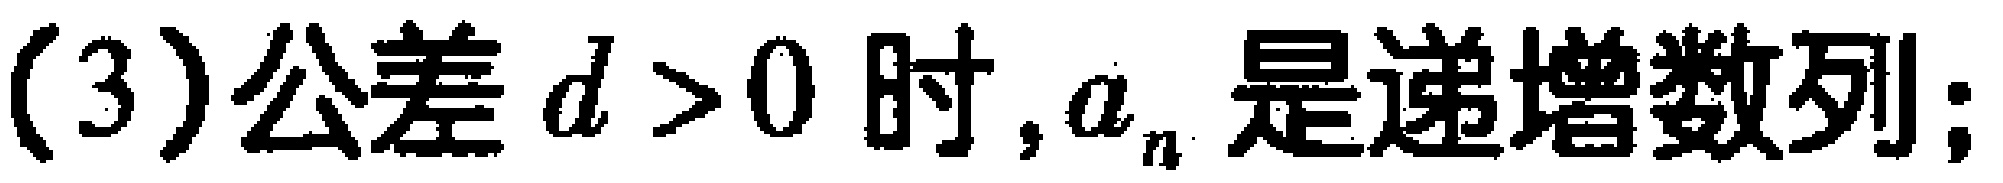
(3)公差 \(d > 0\) 时, \(a_{n}\) 是递增数列;